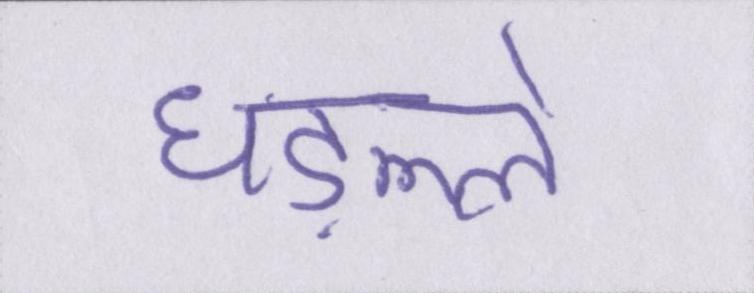
धड़ल्ले